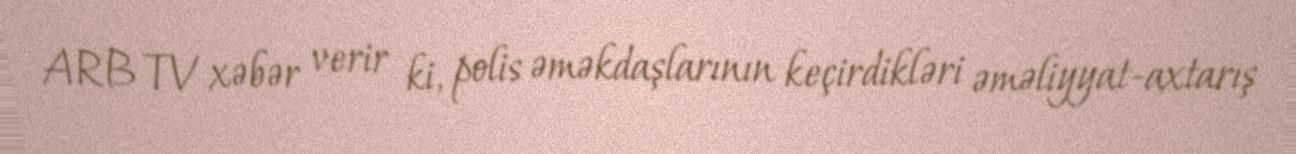
ARB TV xəbər verir ki, polis əməkdaşlarının keçirdikləri əməliyyat-axtarış